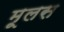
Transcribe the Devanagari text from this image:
मूलस